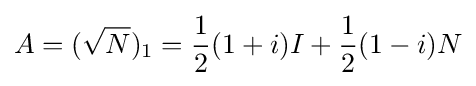
A=({\sqrt {N}})_{1}={\frac {1}{2}}(1+i)I+{\frac {1}{2}}(1-i)N